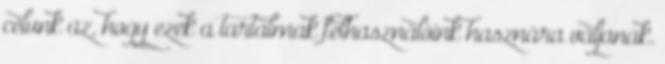
célunk az, hogy ezek a tartalmak felhasználóink hasznára váljanak.